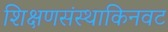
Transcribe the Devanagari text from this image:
शिक्षणसंस्थाकिनवट